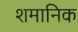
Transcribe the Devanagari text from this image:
शमानिक